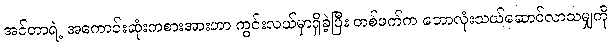
အင်တာရဲ့ အကောင်းဆုံးကစားအားဟာ ကွင်းလယ်မှာရှိခဲ့ပြီး တစ်ဖက်က ဘောလုံးသယ်ဆောင်လာသမျှကို